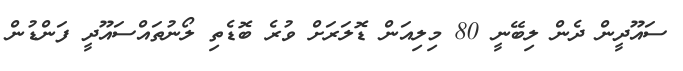
ސައޫދީން ދެން ލިބޭނީ 80 މިލިއަން ޑޮލަރަށް ވުރެ ބޮޑެތި ލޯނުތައްސައޫދީ ފަންޑުން